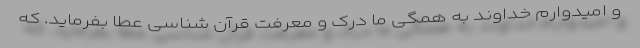
و امیدوارم خداوند به همگی ما درک و معرفت قرآن شناسی عطا بفرماید. که